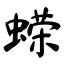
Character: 蝾